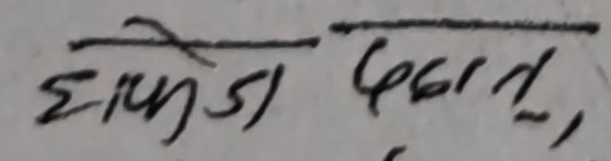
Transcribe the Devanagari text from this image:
हेमफज पदात्